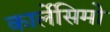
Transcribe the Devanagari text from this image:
कार्लेसिमो